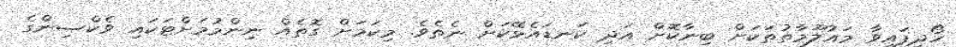
ހޯދިފައިވާ މައުލޫމާތުތަކަށް ބިނާކޮށް އަދި ކަނޑައެޅޭކަށް ނެތެވެ. މިކަމަށް ގޮތެއް ނިންމުމަށްޓަކައި ވެކްސިންގެ